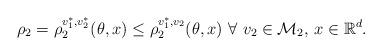
LaTeX: \begin{align*}\rho_2 = \rho_2^{v^*_1, v^*_2}(\theta, x) \leq \rho_2^{v^*_1, v_2}(\theta, x) \ \forall \ v_2 \in {\mathcal M}_2, \, x \in \mathbb{R}^d.\end{align*}